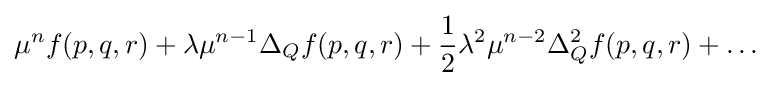
\mu ^{n}f(p,q,r)+\lambda \mu ^{n-1}\Delta _{Q}f(p,q,r)+{\frac {1}{2}}\lambda ^{2}\mu ^{n-2}\Delta _{Q}^{2}f(p,q,r)+\dots